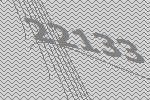
22133